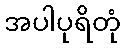
အပါပုရိတုံ